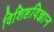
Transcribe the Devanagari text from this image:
विशिष्टविज्ञान